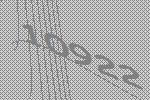
10922